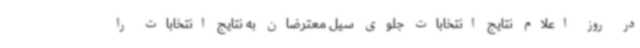
در روز اعلام نتایج انتخابات جلوی سیل معترضان به نتایج انتخابات را